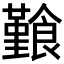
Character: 𩞎